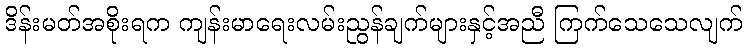
ဒိန်းမတ်အစိုးရက ကျန်းမာရေးလမ်းညွန်ချက်များနှင့်အညီ ကြက်သေသေလျက်